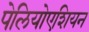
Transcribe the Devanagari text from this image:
पेलियोएशियन